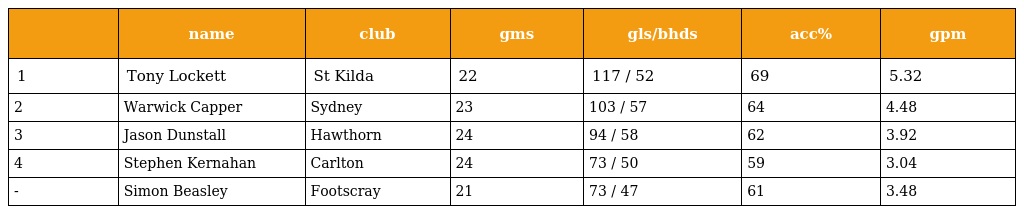
|  | name | club | gms | gls/bhds | acc% | gpm |
 | --- | --- | --- | --- | --- | --- | --- |
 | 1 | Tony Lockett | St Kilda | 22 | 117 / 52 | 69 | 5.32 |
 | 2 | Warwick Capper | Sydney | 23 | 103 / 57 | 64 | 4.48 |
 | 3 | Jason Dunstall | Hawthorn | 24 | 94 / 58 | 62 | 3.92 |
 | 4 | Stephen Kernahan | Carlton | 24 | 73 / 50 | 59 | 3.04 |
 | - | Simon Beasley | Footscray | 21 | 73 / 47 | 61 | 3.48 |